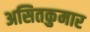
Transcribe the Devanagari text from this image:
असितकुमार